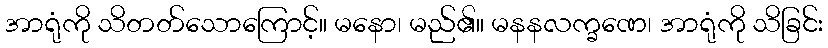
အာရုံကို သိတတ်သောကြောင့်။ မနော၊ မည်၏။ မနနလက္ခဏေ၊ အာရုံကို သိခြင်း